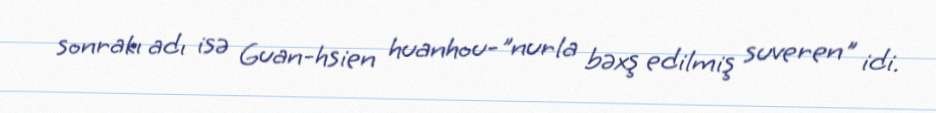
sonrakı adı isə Guan-hsien huanhou-"nurla bəxş edilmiş suveren" idi.